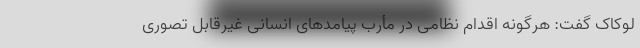
لوکاک گفت: هرگونه اقدام نظامی در مأرب پیامدهای انسانی غیرقابل تصوری